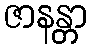
ဇာနန္တာ